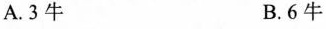
A.3牛 B.6牛